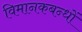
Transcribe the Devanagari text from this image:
विमानकबन्धों